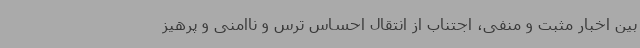
بین اخبار مثبت و منفی، اجتناب از انتقال احساس ترس و ناامنی و پرهیز